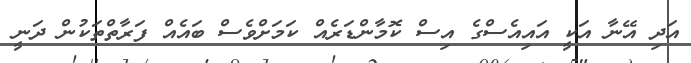
އަދި އޭނާ އަކީ އައިއެސްގެ އިސް ކޮމާންޑަރެއް ކަމަށްވެސް ބައެއް ފަރާތްތަކުން ދަނީ